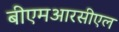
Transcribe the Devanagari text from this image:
बीएमआरसीएल